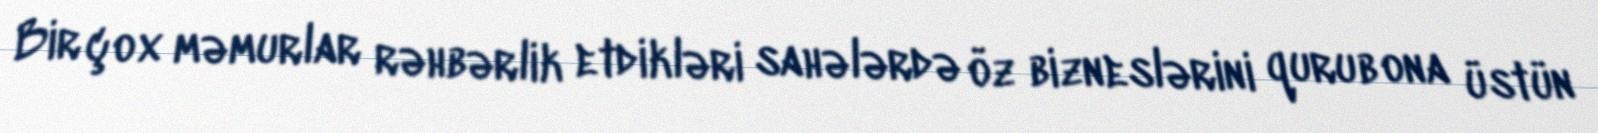
Bir çox məmurlar rəhbərlik etdikləri sahələrdə öz bizneslərini qurub ona üstün